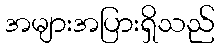
အများအပြားရှိသည်